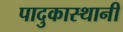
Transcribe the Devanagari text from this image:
पादुकास्थानी